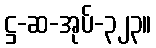
ဋ္ဌ-ဆ-အုပ်-၃၂၃။